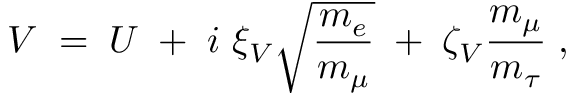
V \; = \; U \; + \; i ~ \xi _ { V } ^ { ~ } \sqrt { \frac { m _ { e } } { m _ { \mu } } } \; + \; \zeta _ { V } ^ { ~ } \frac { m _ { \mu } } { m _ { \tau } } \; ,